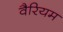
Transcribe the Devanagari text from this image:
वैरियम